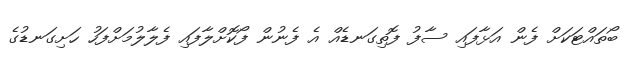
ބޯތައްޓަކަށް ފެން އަޅާފައި ސާފު ފޮތިގަނޑެއް އެ ފެނުން ފޯކޮށްލާފައި ފެލާލުމަށްފަހު ހަށިގަނޑުގެ